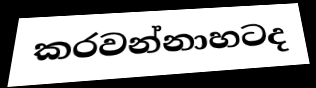
කරවන්නාහටද